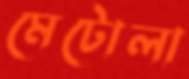
মেটোলা